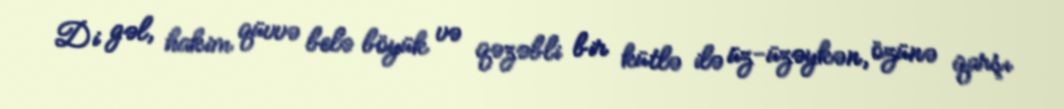
Di gəl, hakim qüvvə belə böyük və qəzəbli bir kütlə ilə üz-üzəykən, özünə qarşı